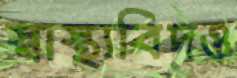
স্বাস্থ্যবিদও